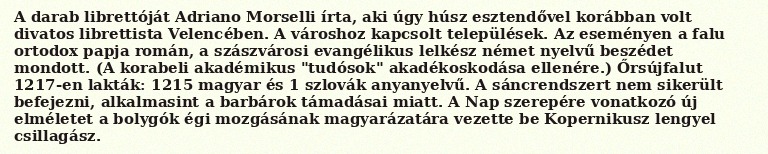
A darab librettóját Adriano Morselli írta, aki úgy húsz esztendővel korábban volt divatos librettista Velencében. A városhoz kapcsolt települések. Az eseményen a falu ortodox papja román, a szászvárosi evangélikus lelkész német nyelvű beszédet mondott. (A korabeli akadémikus "tudósok" akadékoskodása ellenére.) Őrsújfalut 1217-en lakták: 1215 magyar és 1 szlovák anyanyelvű. A sáncrendszert nem sikerült befejezni, alkalmasint a barbárok támadásai miatt. A Nap szerepére vonatkozó új elméletet a bolygók égi mozgásának magyarázatára vezette be Kopernikusz lengyel csillagász.